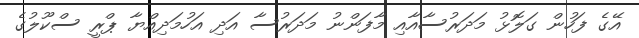
އޭގެ ފަހުން ގަލޮޅު މަދަރުސާއާއި މާފަންނު މަދަރުސާ އަދި އަހުމަދިއްޔާ ޕްރީ ސްކޫލުގެ